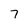
Character: 7